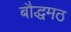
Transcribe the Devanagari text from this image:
बौद्धमठ